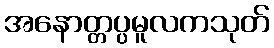
အနောတ္တပ္ပမူလကသုတ်